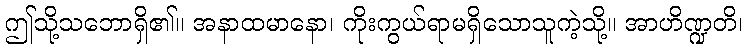
ဤသို့သဘောရှိ၏။ အနာထမာနော၊ ကိုးကွယ်ရာမရှိသောသူကဲ့သို့။ အာဟိဏ္ဍတိ၊